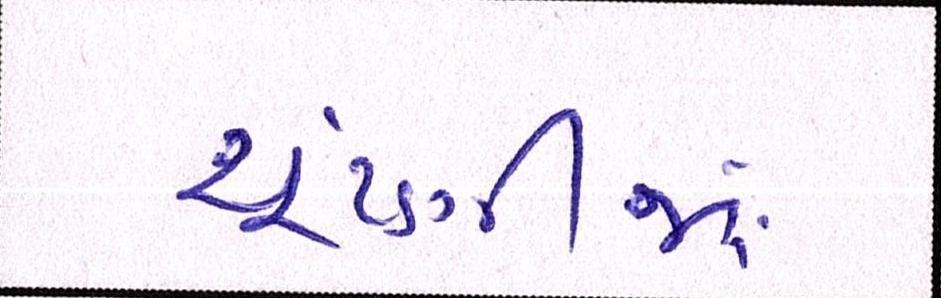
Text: ચૂંટણીમાં